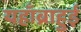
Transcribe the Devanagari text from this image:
यहाँब्राहुई